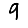
Digit: 9